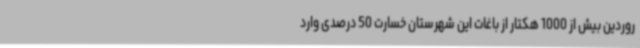
روردین بیش از 1000 هکتار از باغات این شهرستان خسارت 50 درصدی وارد